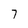
Character: 7